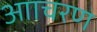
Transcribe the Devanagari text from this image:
आाचरण